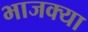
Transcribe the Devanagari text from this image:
भाजक्या